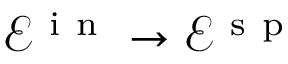
\mathcal { E } ^ { \mathrm { ~ i ~ n ~ } } \rightarrow \mathcal { E } ^ { \mathrm { ~ s ~ p ~ } }